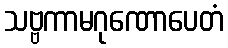
သဗ္ဗကာမဂုဏောပေတံ